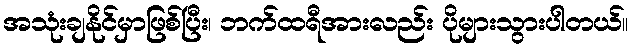
အသုံးချနိုင်မှာဖြစ်ပြီး၊ ဘက်ထရီအားလည်း ပိုများသွားပါတယ်။